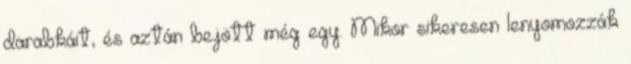
darabkáit, és aztán bejött még egy. Mikor sikeresen lenyomozzák